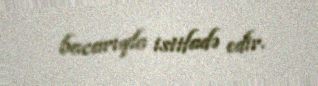
bacarıqla istifadə edir.